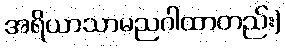
အရိယာသာမညဂါထာတည်း)